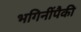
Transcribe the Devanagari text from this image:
भगिनींपैकी